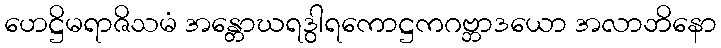
ဟေဋ္ဌိမရာဇိသမံ အန္တောဃရဒွါရကောဋ္ဌကဂဗ္ဘာဒယော အလာဘိနော